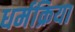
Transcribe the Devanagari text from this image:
धर्मक्रिया